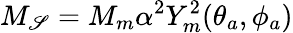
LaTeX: M_{\mathscr{S}}=M_{m}\alpha^{2}Y_{m}^{2}(\theta_{a},\phi_{a})